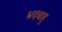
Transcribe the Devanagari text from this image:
भ्रदबाहु